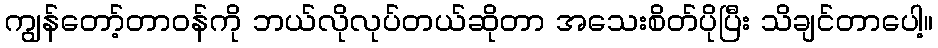
ကျွန်တော့်တာဝန်ကို ဘယ်လိုလုပ်တယ်ဆိုတာ အသေးစိတ်ပိုပြီး သိချင်တာပေါ့။